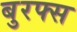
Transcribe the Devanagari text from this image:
बुरफ्स